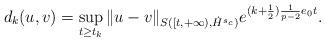
LaTeX: \begin{align*}d_k(u,v)= \sup_{t \ge t_k} \| u-v \|_{S([t, + \infty), \dot{H}^{s_c}) } e^{(k+\frac{1}{2}) \frac{1}{p-2} e_0 t}.\end{align*}